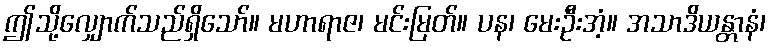
ဤသို့လျှောက်သည်ရှိသော်။ မဟာရာဇ၊ မင်းမြတ်။ ပန၊ မေးဦးအံ့။ အသာဒိယန္တာနံ၊